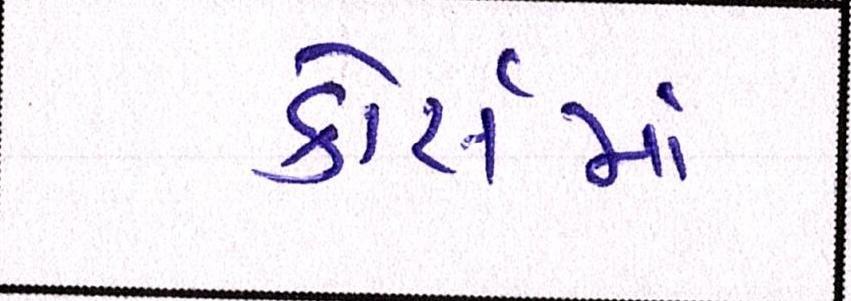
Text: કોસૅમાં